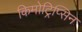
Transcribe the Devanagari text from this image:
किमोट्रिप्सिन